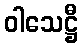
ဝါသေဋ္ဌီ